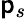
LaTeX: \mathsf{p}_{s}